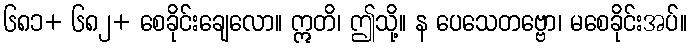
၆၈၁+ ၆၈၂+ စေခိုင်းချေလော။ ဣတိ၊ ဤသို့။ န ပေသေတဗ္ဗော၊ မစေခိုင်းအပ်။